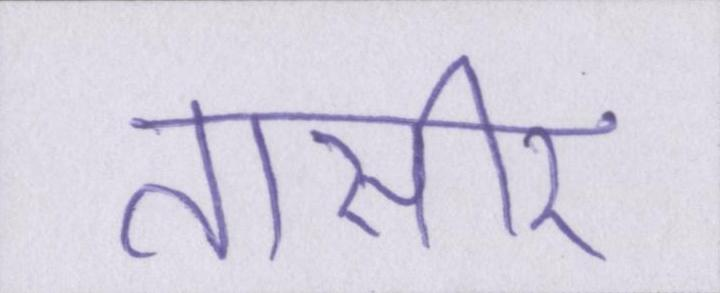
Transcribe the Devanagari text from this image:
तासीर